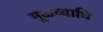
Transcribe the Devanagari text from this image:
मूळव्याधि